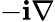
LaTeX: -\mathbf{i}\nabla